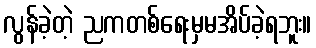
လွန်ခဲ့တဲ့ ညကတစ်ရေးမှမအိပ်ခဲ့ရဘူး။